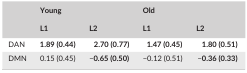
<table><thead><tr><td rowspan="2"></td><td colspan="2"><b>Young</b></td><td colspan="2"><b>Old</b></td></tr><tr><td><b>L1</b></td><td><b>L2</b></td><td><b>L1</b></td><td><b>L2</b></td></tr></thead><tbody><tr><td>DAN</td><td><b>1.89 (0.44)</b></td><td><b>2.70 (0.77)</b></td><td><b>1.47 (0.45)</b></td><td><b>1.80 (0.51)</b></td></tr><tr><td>DMN</td><td>0.15 (0.45)</td><td>−<b>0.65 (0.50)</b></td><td>−0.12 (0.51)</td><td>−<b>0.36 (0.33)</b></td></tr></tbody></table>